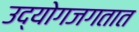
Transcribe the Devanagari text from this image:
उद्योगजगतात